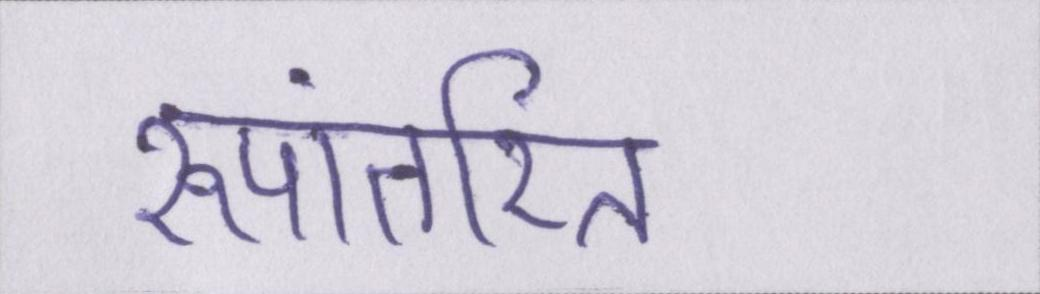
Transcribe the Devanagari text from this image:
रूपांतरित